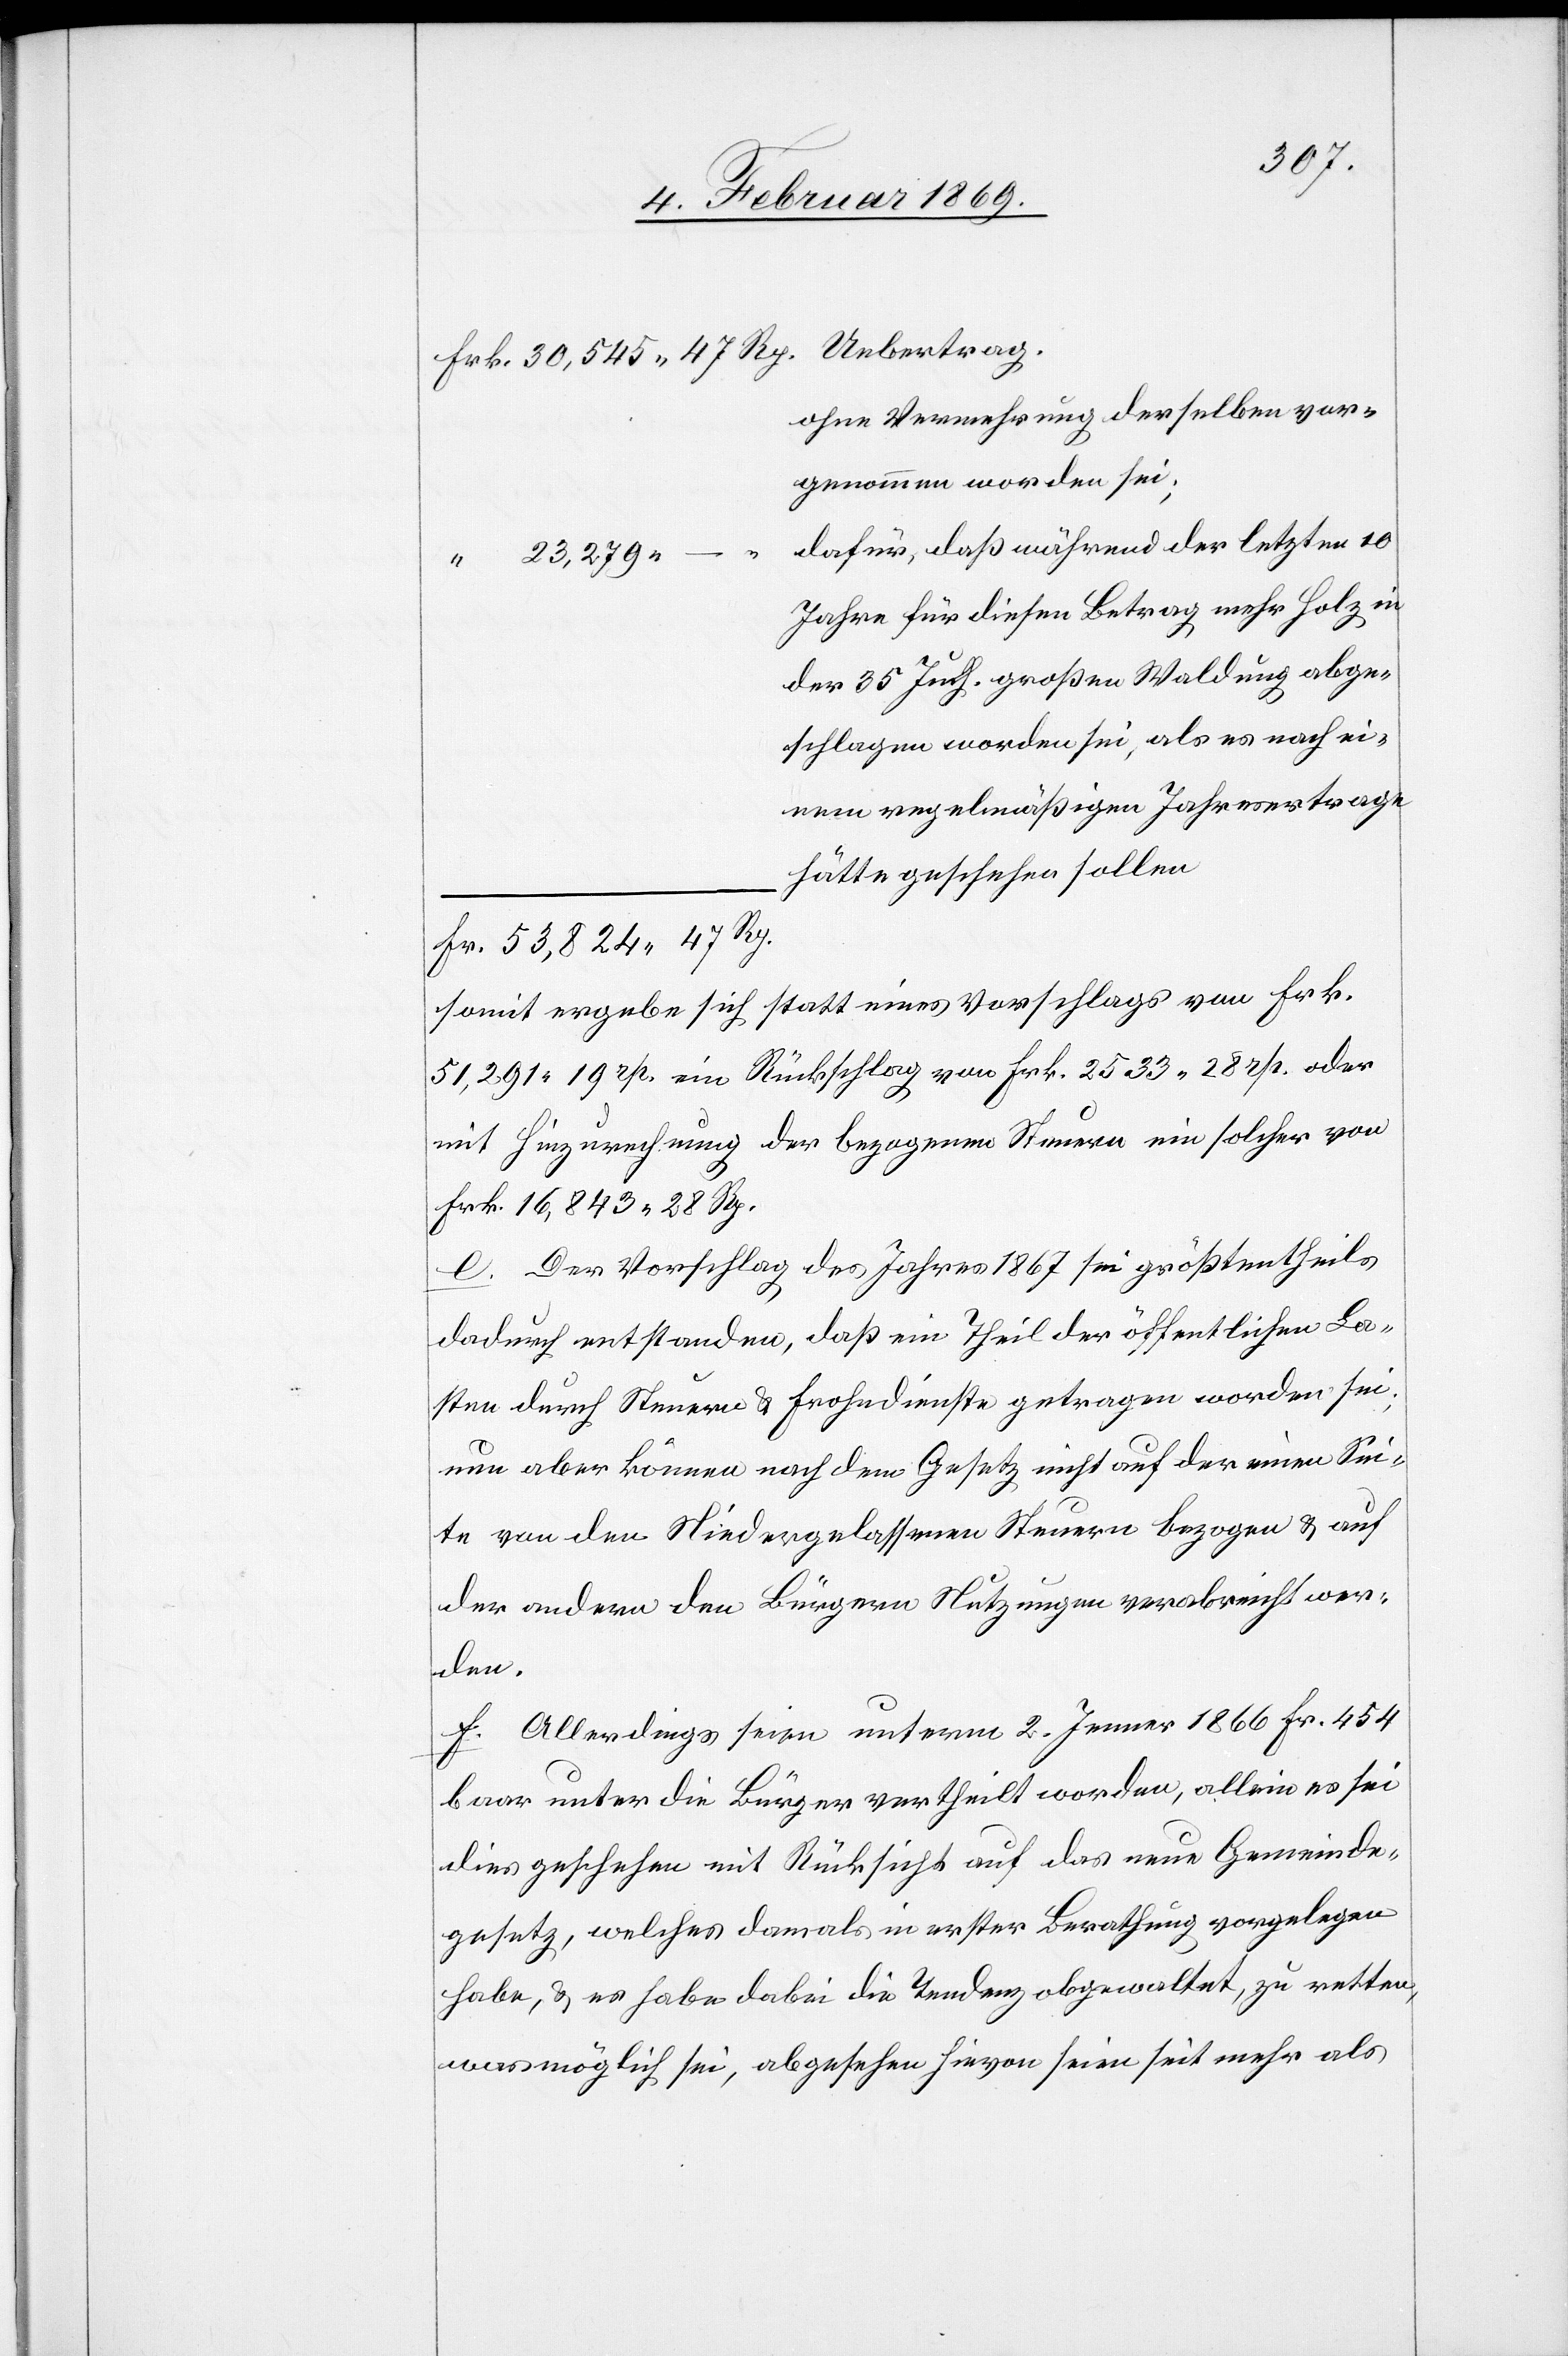
Frk. 30,545.47 Rp. Uebertrag.
ohne Vermehrung derselben vor¬
genommen worden sei;
“	dafür, daß währen der letzten 10
Jahre für diesen Betrag mehr Holz in
35 Juch. großen Waldung abge¬
schlagen worden sei, als es nach einem
regelmäßigen Jahresertrage
hätte geschehen sollen.
Fr. 53,824.47 Rp.
somit ergebe sich statt eines Vorschlages von Frk.
51,291.19 rp. ein Rückschlag von Frk. 2533.28 rp. oder
mit Hinzurechnung der bezogenen Steuern ein solcher von
Frk. 16,843.28 Rp.
e. Der Vorschlag des Jahres 1867 sei größtentheils
dadurch entstanden, daß ein Theil der öffentlichen La¬
sten durch Steuern u. Frohndienste getragen worden sei;
nun aber können nach dem Gesetz nicht auf der einen Sei¬
te von den Niedergelassenen Steuern bezogen u. auf
der andern den Bürgern Nutzungen verabreicht wer¬
den.
f. Allerdings seien unterm 2. Jenner 1866 Fr. 454
baar unter die Bürger vertheilt worden, allein es sei
dies geschehen mit Rücksicht auf das neue Gemeinde¬
gesetz, welches damals in erster Berathung vorgelegen
habe, u. es habe dabei die Tendenz obgewaltet, zu retten,
was möglich sei, abgesehen hievon seien seit mehr als